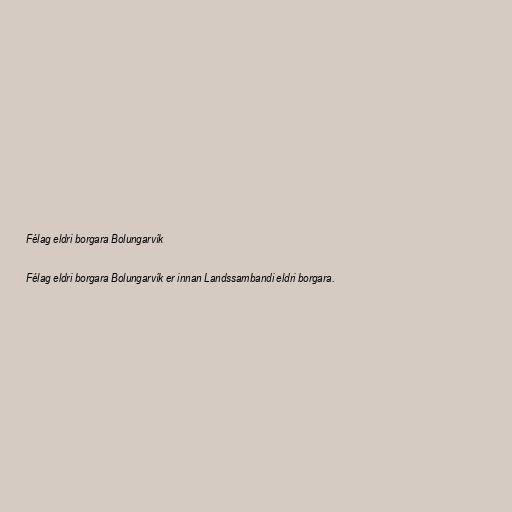
Félag eldri borgara Bolungarvík

Félag eldri borgara Bolungarvík er innan Landssambandi eldri borgara.